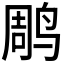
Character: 𫛲